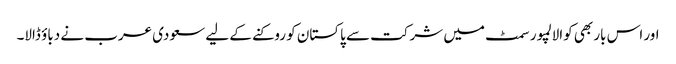
اور اس بار بھی کوالالمپور سمٹ میں شرکت سے پاکستان کو روکنے کے لیے سعودی عرب نے دباؤ ڈالا۔